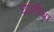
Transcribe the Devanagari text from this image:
घाणीचा